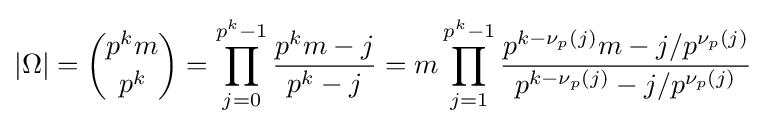
|\Omega |={p^{k}m \choose p^{k}}=\prod _{j=0}^{p^{k}-1}{\frac {p^{k}m-j}{p^{k}-j}}=m\prod _{j=1}^{p^{k}-1}{\frac {p^{k-\nu _{p}(j)}m-j/p^{\nu _{p}(j)}}{p^{k-\nu _{p}(j)}-j/p^{\nu _{p}(j)}}}